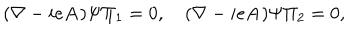
LaTeX: ( \mathbf { \nabla } - i e \mathbf { A } ) \Psi \Pi _ { 1 } = 0 , \quad ( \mathbf { \nabla } - i e \mathbf { A } ) \Psi \Pi _ { 2 } = 0 ,